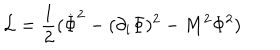
{ \cal L } = \frac { 1 } { 2 } ( \dot { \Phi } ^ { 2 } - ( \partial _ { i } \Phi ) ^ { 2 } - M ^ { 2 } \Phi ^ { 2 } )